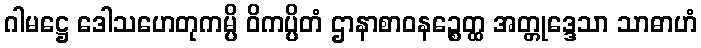
ဂါမဋ္ဌေ ဒေါသဟေတုကမ္ပိ ဝိကပ္ပိတံ ဌာနာစာဝနဉ္စေတ္ထ အတ္တုဒ္ဒေသာ သာဓာဟံ